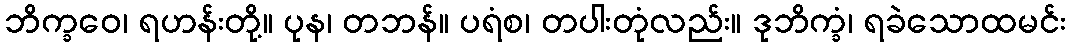
ဘိက္ခဝေ၊ ရဟန်းတို့။ ပုန၊ တဘန်။ ပရံစ၊ တပါးတုံလည်း။ ဒုဘိက္ခံ၊ ရခဲသောထမင်း